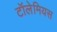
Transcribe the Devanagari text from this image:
टॉलेमियस